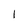
Character: I